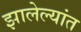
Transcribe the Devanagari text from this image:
झालेल्‍यांत